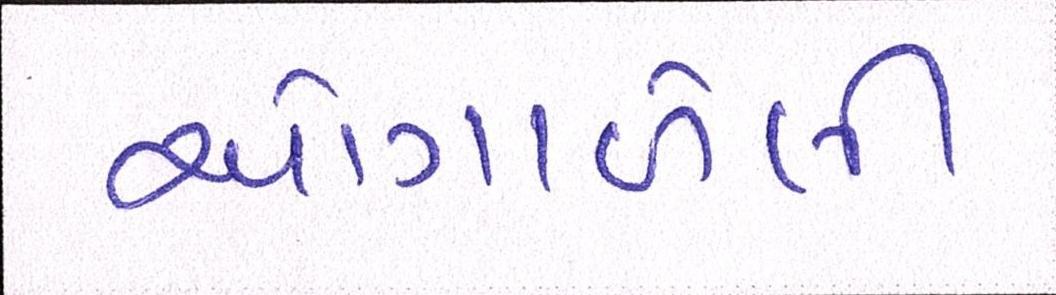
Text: ઓગાળેલી